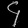
Digit: ၄